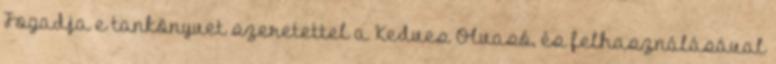
Fogadja e tankönyvet szeretettel a Kedves Olvasó, és felhasználásával